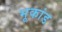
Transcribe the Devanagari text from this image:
भूकांड